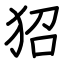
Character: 㹦